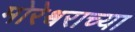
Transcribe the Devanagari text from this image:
मोरेश्र्वराच्या